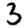
Digit: 3